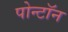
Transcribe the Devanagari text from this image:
पोन्टॉन